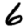
Digit: 6